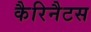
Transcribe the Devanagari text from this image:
कैरिनैटस